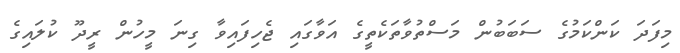
މިފަދަ ކަންކަމުގެ ސަބަބުން މަސްތުވާތަކެތީގެ އަވާގައި ޖެހިފައިވާ ގިނަ މީހުން ރީދޫ ކުލައިގެ